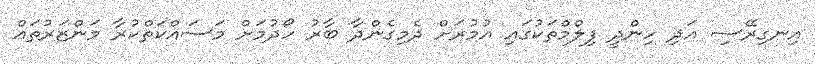
އިނގިރޭސި އަދި ހިންދީ ފިލްމްތަކުގައި އުމުރަށް ދެމިގެންދާ ބާރު ހޯދުމަށް މަސައްކަތްކުރާ މަންޒަރުތައް